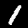
Label: 1